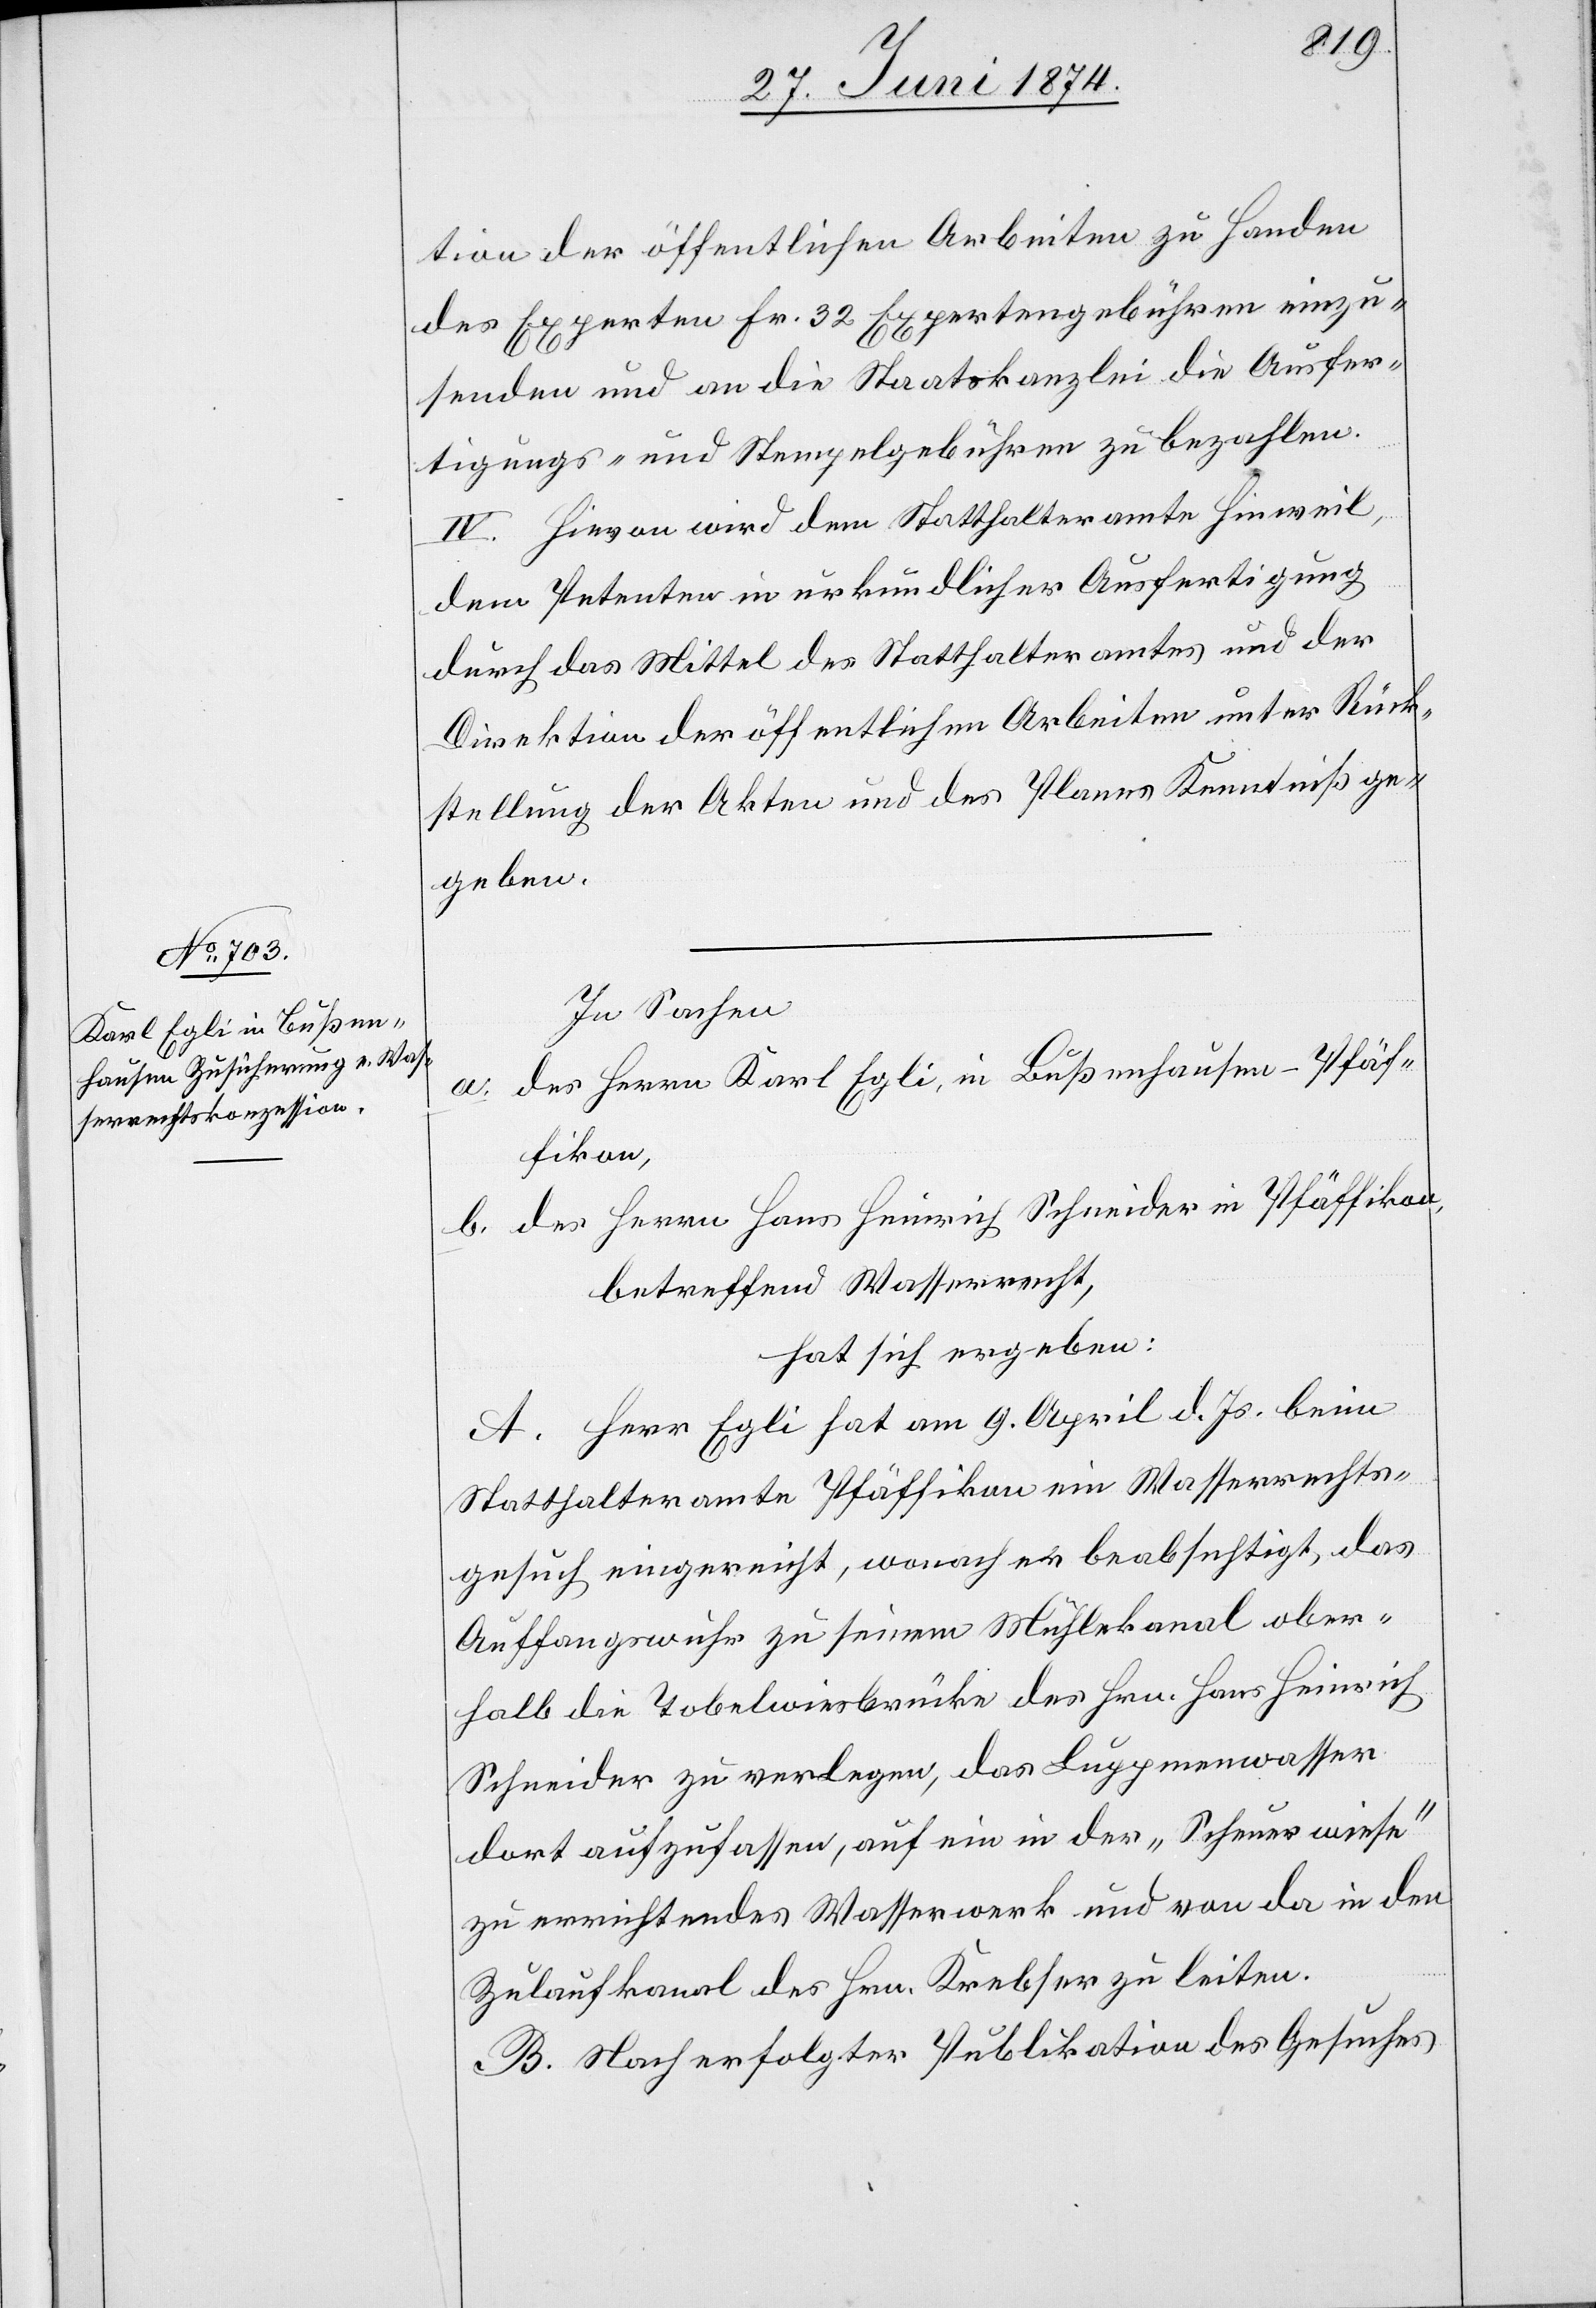
tion der öffentlichen Arbeiten zu Handen
des Experten Fr. 32 Expertengebühren einzu¬
senden und an die Staatskanzlei die Ausfer¬
tigungs- und Stempelgebühren zu bezahlen.
IV. Hievon wird dem Statthalteramte Hinweil,
dem Petenten in urkundlicher Ausfertigung
durch das Mittel des Statthalteramtes und der
Direktion der öffentlichen Arbeiten unter Rück¬
stellung der Akten und des Planes Kenntniß ge¬
geben.
In Sachen
des Herrn Karl Egli, in Bußenhausen-Pfäf¬
fikon,
b. des Herrn Hans Heinrich Schneider in Pfäffikon,
betreffend Wasserrecht,
hat sich ergeben:
A. Herr Egli hat am 9. April d. Js. beim
Statthalteramte Pfäffikon ein Wasserrechts¬
gesuch eingereicht, wonach er beabsichtigt, das
Auffangswuhr zu seinem Mühlekanal ober¬
halb die Tobelwiesbrücke des Hrn. Hans Heinrich
Schneider zu verlegen, das Luppmenwasser
dort aufzufassen, auf ein in der „Scheuerwiese“
zu errichtendes Wasserwerk und von da in den
Zulaufkanal des Hrn. Krebser zu leiten.
B. Nach erfolgter Publikation des Gesuches